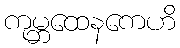
ကုမ္ဘထေနကေဟိ